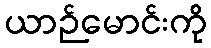
ယာဉ်မောင်းကို